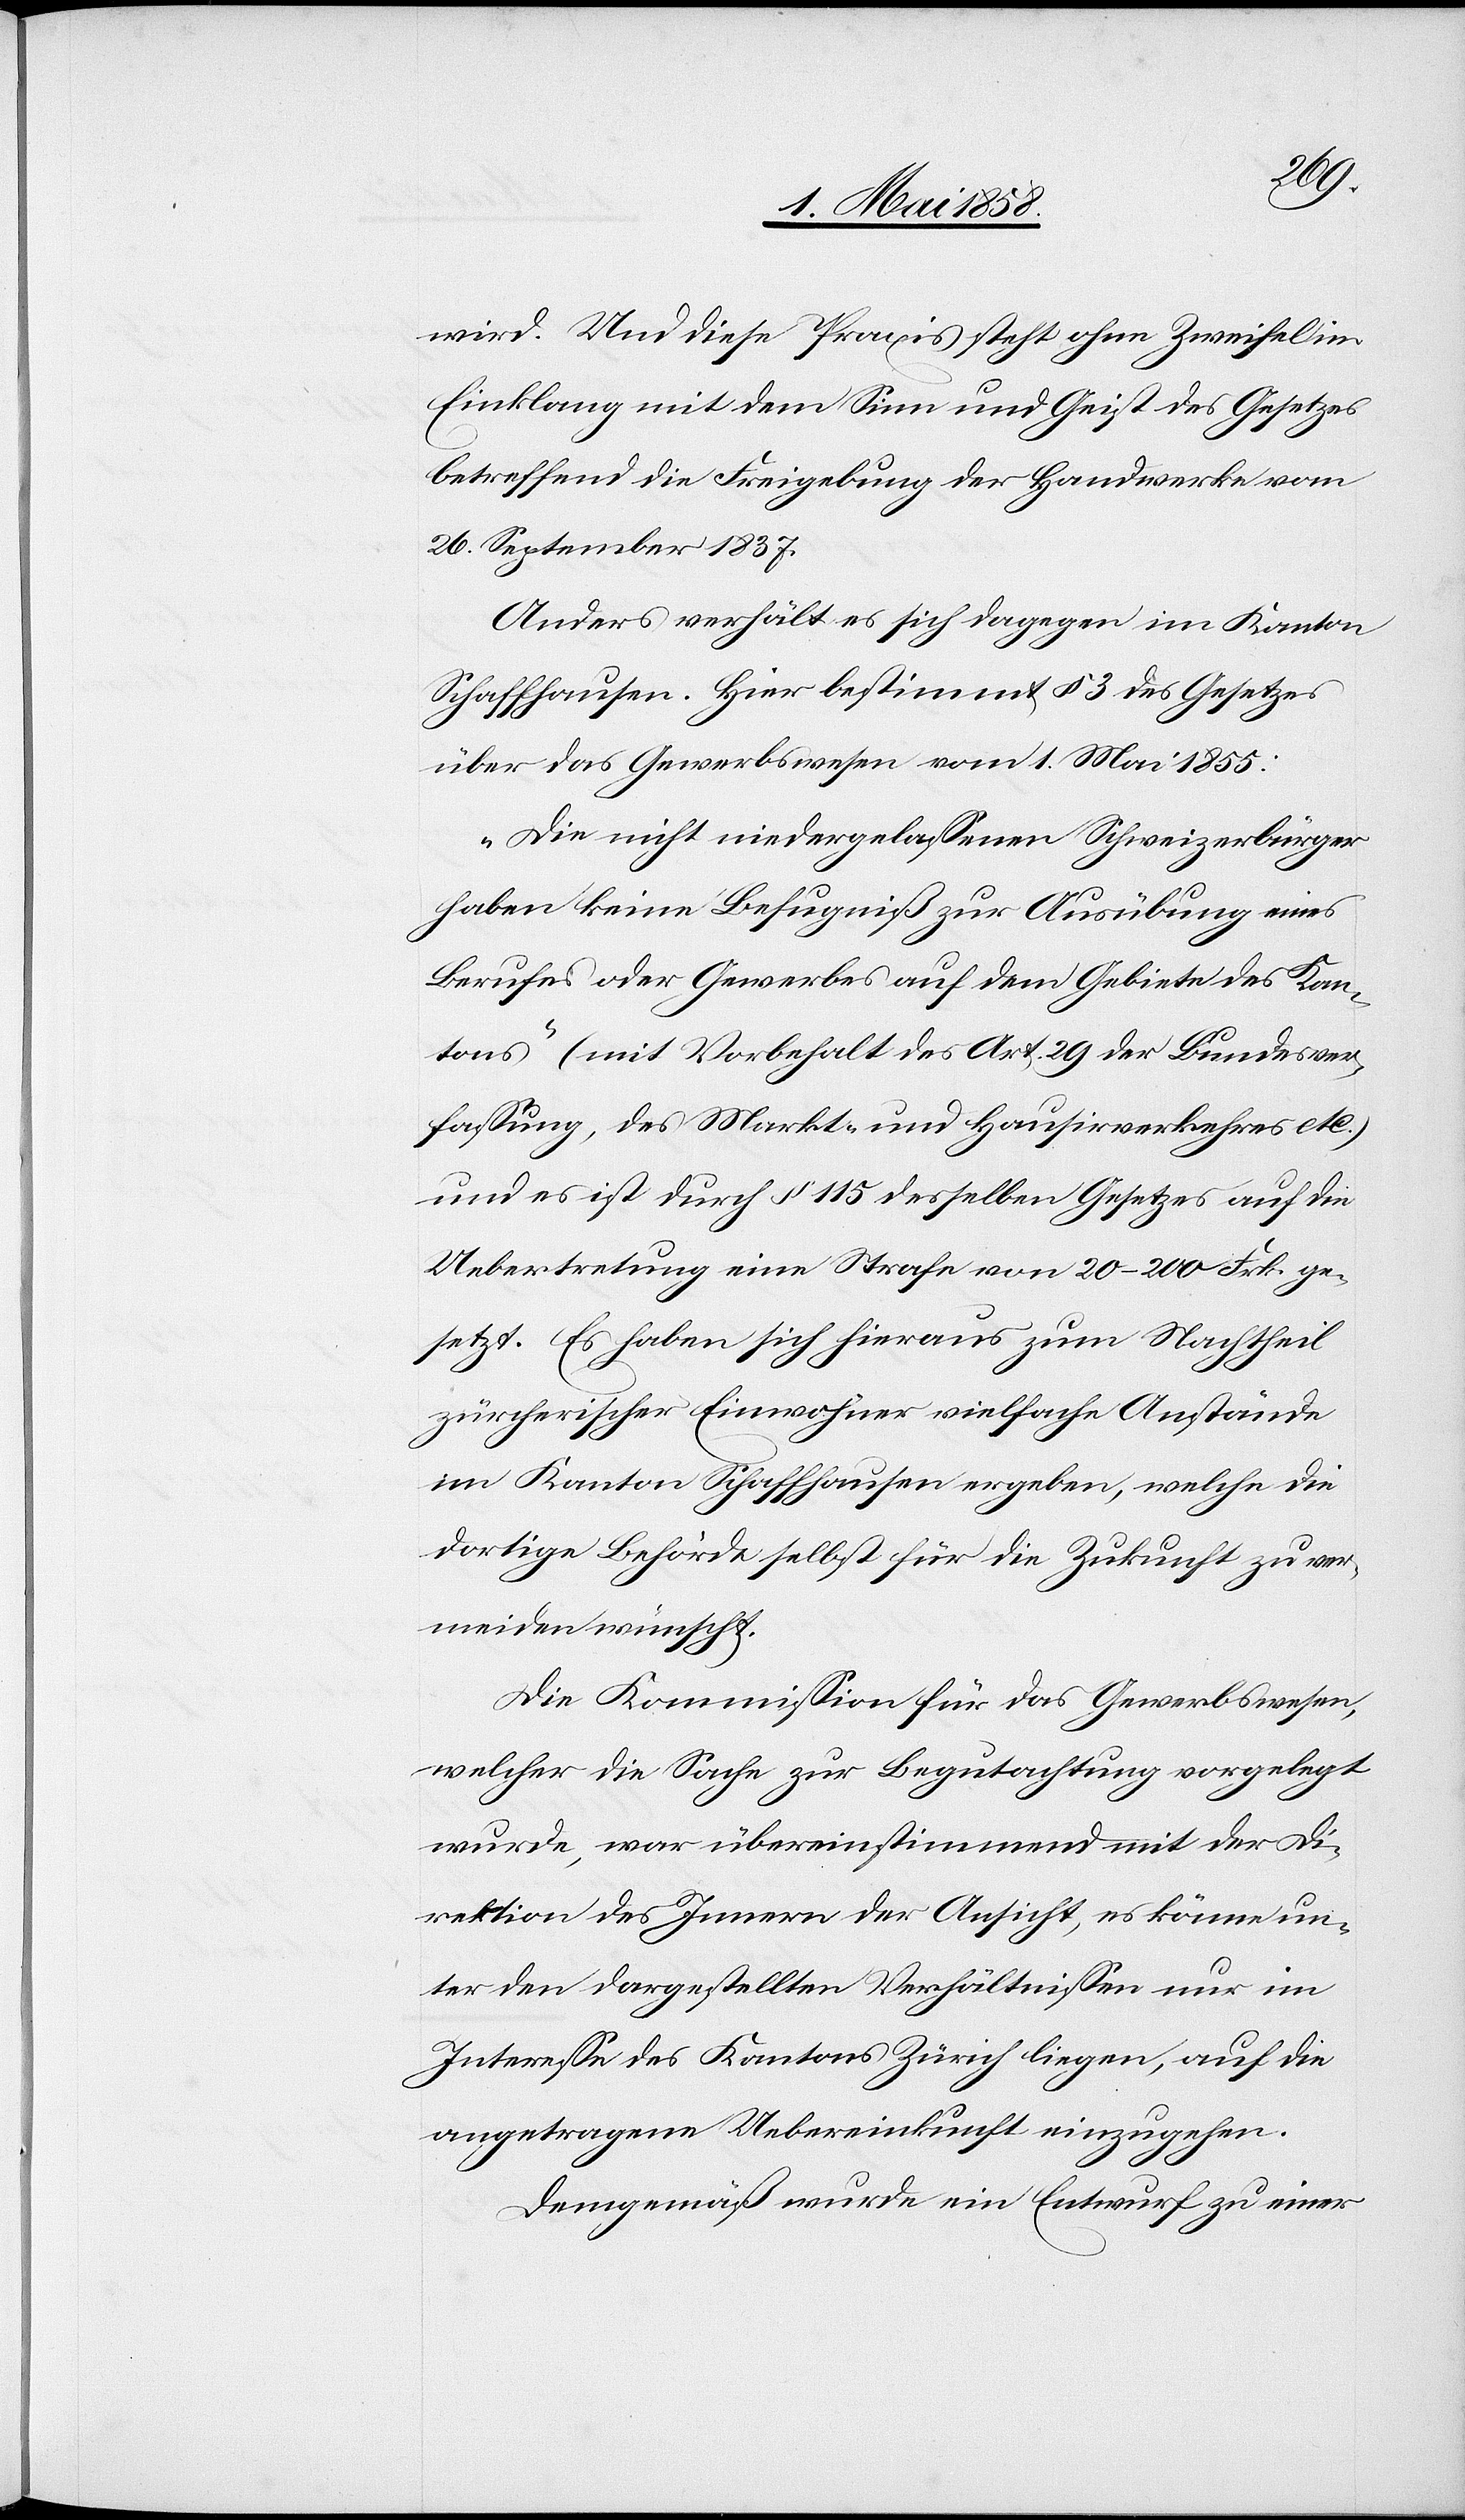
wird. Und diese Praxis steht ohne Zweifel im
Einklang mit dem Sinn und Geist des Gesetzes
betreffend die Freigebung der Handwerke vom
26. September 1837.
Anders verhält es sich dagegen im Kanton
Schaffhausen. Hier bestimmt § 3 des Gesetzes
über das Gewerbswesen vom 1. Mai 1855:
„Die nicht niedergelassenen Schweizerbürger
haben keine Befugniß zur Ausübung eines
Berufes oder Gewerbes auf dem Gebiete des Kan¬
tons“ (mit Vorbehalt des Art. 29 der Bundesver¬
fassung, des Markt- und Hausirverkehres etc.)
und es ist durch § 115 desselben Gesetzes auf die
Uebertretung eine Strafe von 20–200 Frk. ge¬
setzt. Es haben sich hieraus zum Nachtheil
zürcherischer Einwohner vielfache Anstände
im Kanton Schaffhausen ergeben, welche die
dortige Behörde selbst für die Zukunft zu ver¬
meiden wünscht.
Die Kommission für das Gewerbswesen,
welcher die Sache zur Begutachtung vorgelegt
wurde, war übereinstimmend mit der Di¬
rektion des Innern der Ansicht, es könne un¬
ter den dargestellten Verhältnissen nur im
Interesse des Kantons Zürich liegen, auf die
angetragene Uebereinkunft einzugehen.
Demgemäß wurde ein Entwurf zu einer